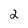
Character: 2